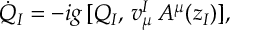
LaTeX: \dot { Q } _ { I } = - i g \, [ Q _ { I } , \, v _ { \mu } ^ { I } \, A ^ { \mu } ( z _ { I } ) ] ,